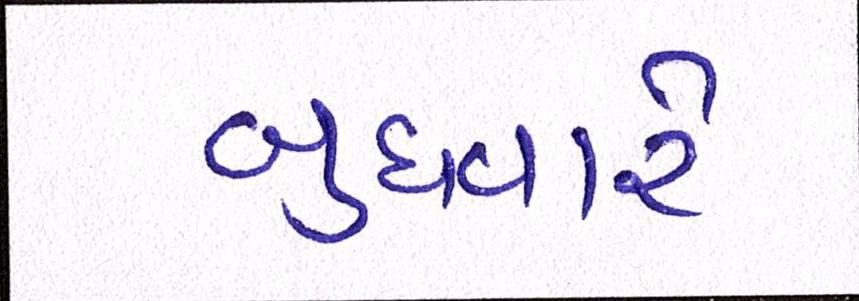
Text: બુધવારે